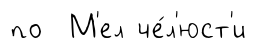
по М'ел че́л'юст'и